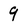
Character: 9